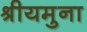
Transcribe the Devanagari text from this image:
श्रीयमुना